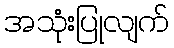
အသုံးပြုလျက်